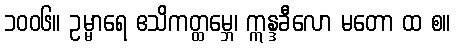
၁၀၀၆။ ဥမ္မာရေ ဧသိကတ္ထမ္ဘေ၊ ဣန္ဒခီလော မတော ထ စ။